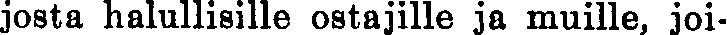
josta halullisille ostajille ja muille, joi-